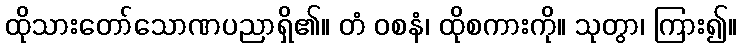
ထိုသားတော်သောဏပညာရှိ၏။ တံ ဝစနံ၊ ထိုစကားကို။ သုတွာ၊ ကြား၍။